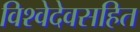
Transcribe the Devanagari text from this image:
विश्वेदेवसहित